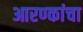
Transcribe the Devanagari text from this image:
आरण्कांचा